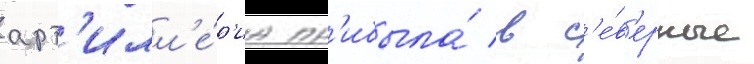
арт'илл'е́р'иа пр'ибыла́ в с'е́в'ерные